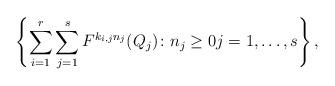
LaTeX: \begin{align*}\left\{\sum_{i=1}^r\sum_{j=1}^s F^{k_{i,j}n_j}(Q_j)\colon n_j\ge 0j=1,\dots, s\right\},\end{align*}